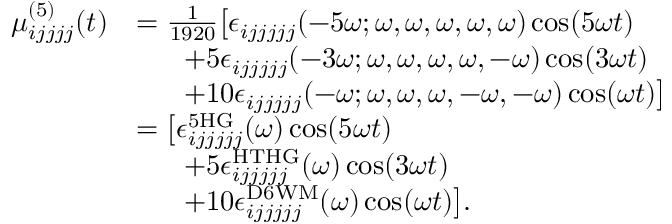
\begin{array} { r l } { \mu _ { i j j j j } ^ { ( 5 ) } ( t ) } & { = \frac { 1 } { 1 9 2 0 } \big [ \epsilon _ { i j j j j j } ( - 5 \omega ; \omega , \omega , \omega , \omega , \omega ) \cos ( 5 \omega t ) } \\ & { \; \; \; \; \; \; + 5 \epsilon _ { i j j j j j } ( - 3 \omega ; \omega , \omega , \omega , \omega , - \omega ) \cos ( 3 \omega t ) } \\ & { \; \; \; \; \; \; + 1 0 \epsilon _ { i j j j j j } ( - \omega ; \omega , \omega , \omega , - \omega , - \omega ) \cos ( \omega t ) \big ] } \\ & { = \big [ \epsilon _ { i j j j j j } ^ { \mathrm { 5 H G } } ( \omega ) \cos ( 5 \omega t ) } \\ & { \; \; \; \; \; \; + 5 \epsilon _ { i j j j j j } ^ { \mathrm { H T H G } } ( \omega ) \cos ( 3 \omega t ) } \\ & { \; \; \; \; \; \; + 1 0 \epsilon _ { i j j j j j } ^ { \mathrm { D 6 W M } } ( \omega ) \cos ( \omega t ) \big ] . } \end{array}